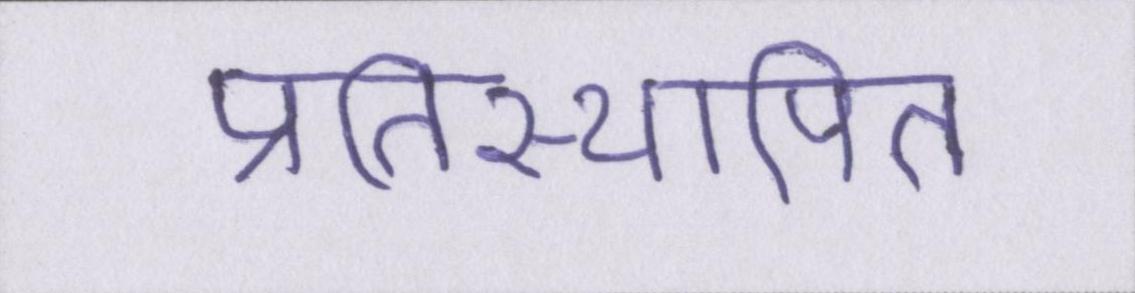
प्रतिस्थापित